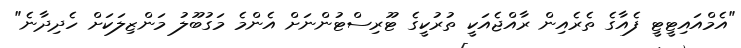
"އެމްއައިޓީޓީ ފެއާގެ ތެރެއިން ރާއްޖެއަކީ ތުރުކީގެ ޓޫރިސްޓުންނަށް އެންމެ މަގުބޫލު މަންޒިލަކަށް ހެދިދާނެ"